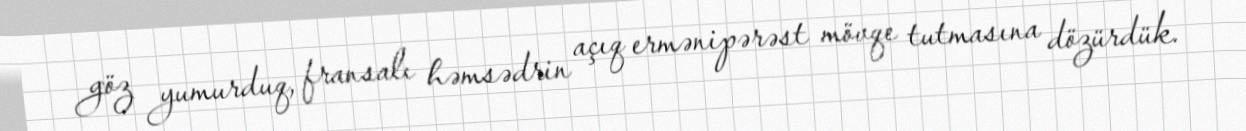
göz yumurduq, fransalı həmsədrin açıq ermənipərəst mövqe tutmasına dözürdük.